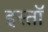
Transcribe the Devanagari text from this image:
इस्तॉ